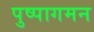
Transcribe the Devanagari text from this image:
पुष्पागमन